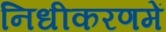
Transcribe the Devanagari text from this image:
निधीकरणमें